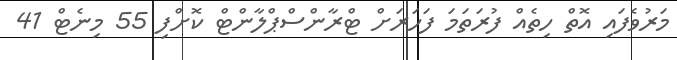
މަރުވެފައި އޮތް ހިތެއް ފުރަތަމަ ފަހަރަށް ޓްރާންސްޕްލާންޓް ކޮށްފި 55 މިނެޓް 41